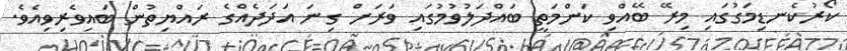
ކޯރުކެނޑިމަގުގައި މިރޭ ބޭއްވި ކަންމަތީ ބައްދަލުވުމުގައި ވަރަށް ގިނަ އަދަދެއްގެ ރައްޔިތުން ބައިވެރިވިއެވެ.